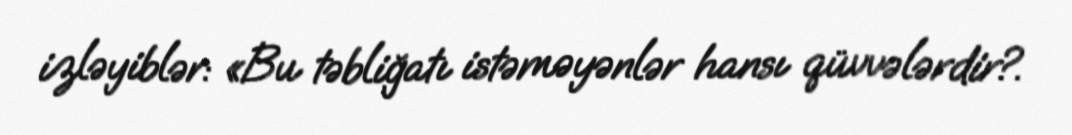
izləyiblər: «Bu təbliğatı istəməyənlər hansı qüvvələrdir?.